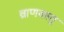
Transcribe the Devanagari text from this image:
व्राणवस्तु